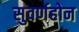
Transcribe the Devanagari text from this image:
सुवर्णहोन